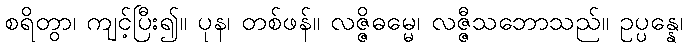
စရိတွာ၊ ကျင့်ပြီး၍။ ပုန၊ တစ်ဖန်။ လဇ္ဇိဓမ္မေ၊ လဇ္ဇီသဘောသည်။ ဥပ္ပန္နေ၊